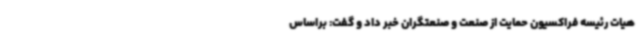
هیات رئیسه فراکسیون حمایت از صنعت و صنعتگران خبر داد و گفت: براساس